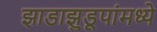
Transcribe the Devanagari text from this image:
झाडाझुडूपांमध्ये